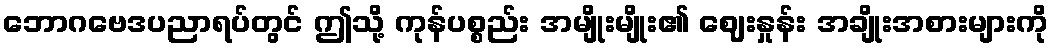
ဘောဂဗေဒပညာရပ်တွင် ဤသို့ ကုန်ပစ္စည်း အမျိုးမျိုး၏ ဈေးနှုန်း အချိုးအစားများကို